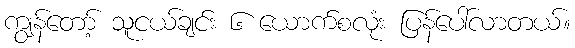
ကျွန်တော့် သူငယ်ချင်း ၆ ယောက်စလုံး ပြန်ပေါ်လာတယ်။